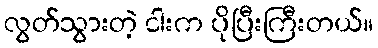
လွတ်သွားတဲ့ ငါးက ပိုပြီးကြီးတယ်။